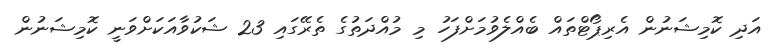
އަދި ކޮމިޝަނުން އެރިޕޯޓްތައް ބެއްލެވުމަށްފަހު މި މުއްދަތުގެ ތެރޭގައި 23 ޝަކުވާއަކަށްވަނީ ކޮމިޝަނުން